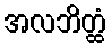
အလဘိတ္ထံ